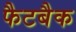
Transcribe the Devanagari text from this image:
फैटबैक